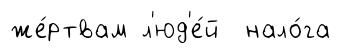
же́ртвам л'юд'е́й нало́га